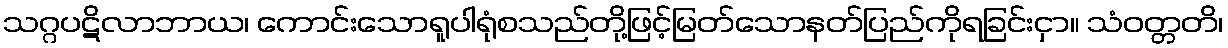
သဂ္ဂပဋိလာဘာယ၊ ကောင်းသောရူပါရုံစသည်တို့ဖြင့်မြတ်သောနတ်ပြည်ကိုရခြင်းငှာ။ သံဝတ္တတိ၊